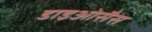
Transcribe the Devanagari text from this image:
डाइओसैस